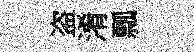
盗淆瓢